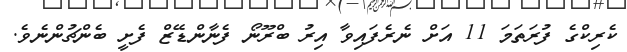
ކެރިކްގެ ފުރަތަމަ 11 އަށް ނެރެފައިވާ އިރު ބްރޫނޯ ފެނާންޑޭޒް ފެށީ ބެންޗުންނެވެ.